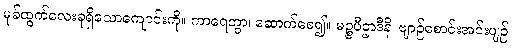
မုခ်ထွက်လေးခုရှိသောကျောင်းကို။ ကာရေတွာ၊ ဆောက်စေ၍။ မဉ္စပီဌာဒီနိ၊ ဗျာဉ်စောင်းအင်းပျဉ်